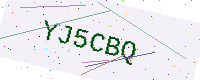
Text: YJ5CBQ